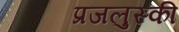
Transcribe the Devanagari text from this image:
प्रजलुस्की